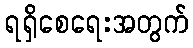
ရရှိစေရေးအတွက်